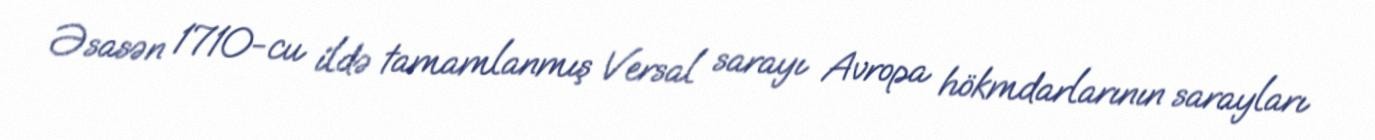
Əsasən 1710-cu ildə tamamlanmış Versal sarayı Avropa hökmdarlarının sarayları